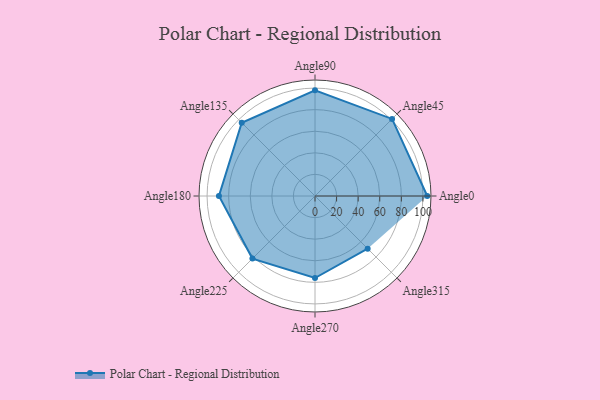
{"axis": {"x": "Angle", "y": "Radius"}, "legend": [""], "data": [{"x": "Angle0", "y": 104.0, "type": ""}, {"x": "Angle45", "y": 101.0, "type": ""}, {"x": "Angle90", "y": 98.0, "type": ""}, {"x": "Angle135", "y": 96.0, "type": ""}, {"x": "Angle180", "y": 89.0, "type": ""}, {"x": "Angle225", "y": 82.0, "type": ""}, {"x": "Angle270", "y": 76.0, "type": ""}, {"x": "Angle315", "y": 69.0, "type": ""}]}